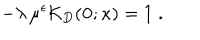
LaTeX: - \lambda \, \mu ^ { \epsilon } { \mathcal K } _ { { D } } ( { \bf 0 } ; \kappa ) = 1 \; .